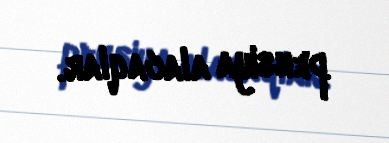
pensiya alacaqlar.